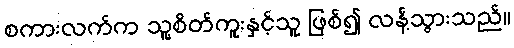
စကားလက်က သူ့စိတ်ကူးနှင့်သူ ဖြစ်၍ လန့်သွားသည်။